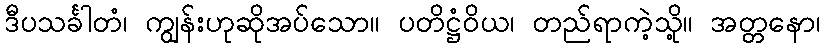
ဒီပသင်္ခါတံ၊ ကျွန်းဟုဆိုအပ်သော။ ပတိဋ္ဌံဝိယ၊ တည်ရာကဲ့သို့။ အတ္တနော၊